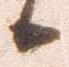
日